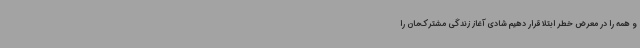
و همه را در معرض خطر ابتلا قرار دهیم شادی آغاز زندگی مشترک‌مان را